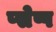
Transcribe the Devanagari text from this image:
प्सेप्प